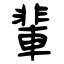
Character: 輩